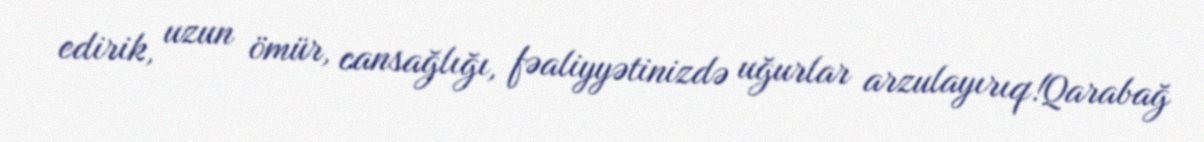
edirik, uzun ömür, cansağlığı, fəaliyyətinizdə uğurlar arzulayırıq!Qarabağ